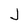
Character: J